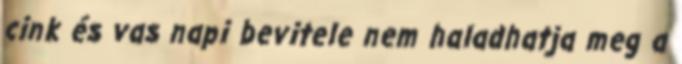
cink és vas napi bevitele nem haladhatja meg a